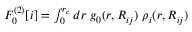
\begin{array} { r } { F _ { 0 } ^ { ( 2 ) } [ i ] = \int _ { 0 } ^ { r _ { c } } d r ~ g _ { 0 } ( r , R _ { i j } ) ~ \rho _ { i } ( r , R _ { i j } ) } \end{array}